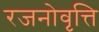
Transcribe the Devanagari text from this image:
रजनोवृत्ति